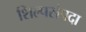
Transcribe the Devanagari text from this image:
शिल्पसंपदा